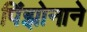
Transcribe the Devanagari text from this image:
पिंझोनाने